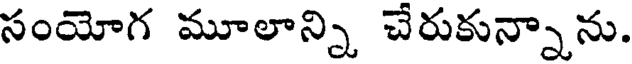
సంయోగ మూలాన్ని చేరుకున్నాను.